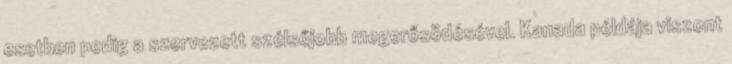
esetben pedig a szervezett szélsőjobb megerősödésével. Kanada példája viszont